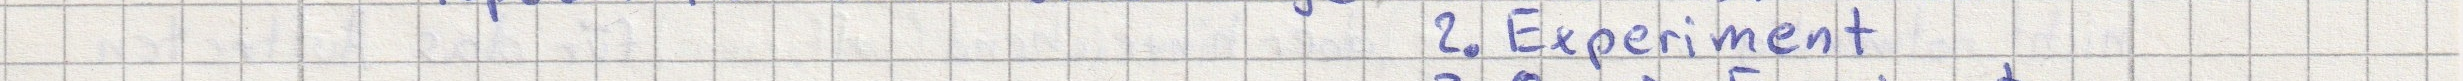
2. Experiment